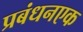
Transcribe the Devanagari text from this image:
प्रबंधनएक